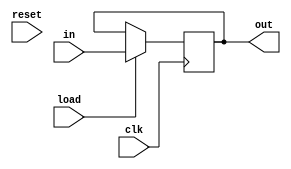
module dst_reg #(
		parameter SIZE=8
	) (
		input clk, reset,
		input [SIZE-1:0] in,
		input load,
		output [SIZE-1:0] out
	);

	reg [SIZE-1:0] data;
	
	always @(posedge clk) begin
		if (load) begin
			data <= in;
		end
	end

	assign out = data;
endmodule